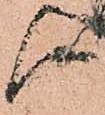
候